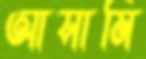
আসামি